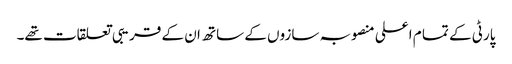
پارٹی کے تما م اعلی منصوبہ سازوں کے ساتھ ان کے قریبی تعلقات تھے۔